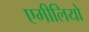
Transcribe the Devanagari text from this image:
एमीलियो